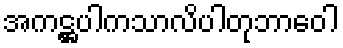
အကဋ္ဌပါကသာလိပါတုဘာဝေါ